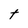
Character: t